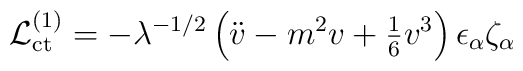
{\cal L}^{(1)}_{\rm ct}=-\lambda^{-1/2}\left(\ddot{v}-m^2v+{\textstyle{1\over 6}}v^3\right)\epsilon_{\alpha}\zeta_{\alpha}